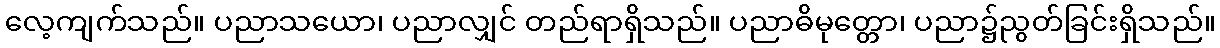
လေ့ကျက်သည်။ ပညာသယော၊ ပညာလျှင် တည်ရာရှိသည်။ ပညာဓိမုတ္တော၊ ပညာ၌ညွတ်ခြင်းရှိသည်။